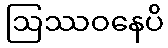
ဩဿဝနေပိ